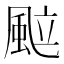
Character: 䬃